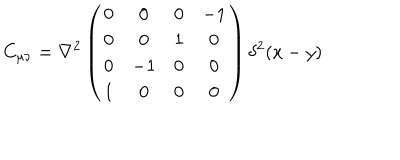
C _ { \mu \nu } = \nabla ^ { 2 } \left( \begin{array} { c c c c } { { 0 } } & { { 0 } } & { { 0 } } & { { - 1 } } \\ { { 0 } } & { { 0 } } & { { 1 } } & { { 0 } } \\ { { 0 } } & { { - 1 } } & { { 0 } } & { { 0 } } \\ { { 1 } } & { { 0 } } & { { 0 } } & { { 0 } } \\ \end{array} \right) \delta ^ { 2 } ( x - y )